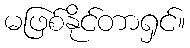
မဖြစ်နိုင်တာရှင်။